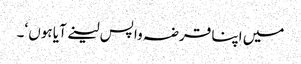
میں اپنا قرضہ واپس لینے آیا ہوں ‘۔